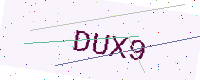
Text: DUX9